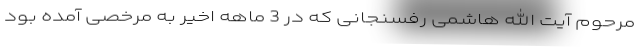
مرحوم آیت الله هاشمی رفسنجانی که در 3 ماهه اخیر به مرخصی آمده بود